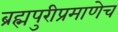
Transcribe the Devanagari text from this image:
ब्रह्मपुरीप्रमाणेच